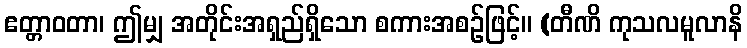
ဧတ္တာဝတာ၊ ဤမျှ အတိုင်းအရှည်ရှိသော စကားအစဉ်ဖြင့်။ (တီဏိ ကုသလမူလာနိ